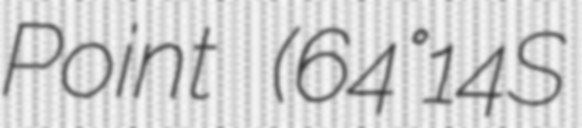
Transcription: Point (64°14′S